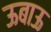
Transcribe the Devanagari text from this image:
ऊबाऊ